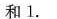
和1.